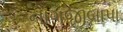
નાગજીબાપા